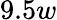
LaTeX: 9.5w